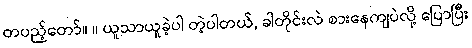
တပည့်တော်။ ။ ယူသာယူခဲ့ပါ တဲ့ပါတယ်, ခါတိုင်းလဲ စားနေကျပဲလို့ ပြောပြီး